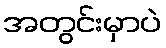
အတွင်းမှာပဲ